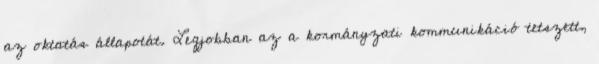
az oktatás állapotát. Legjobban az a kormányzati kommunikáció tetszett,